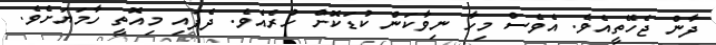
ދާން ޖެހޭތީއެވެ. އެވެސް މިހާ ނިވާކަން ކުޑަކޮށް ހުރެއެވެ. ދެފައި މިއޮތީ ހާމަޔަށެވެ.